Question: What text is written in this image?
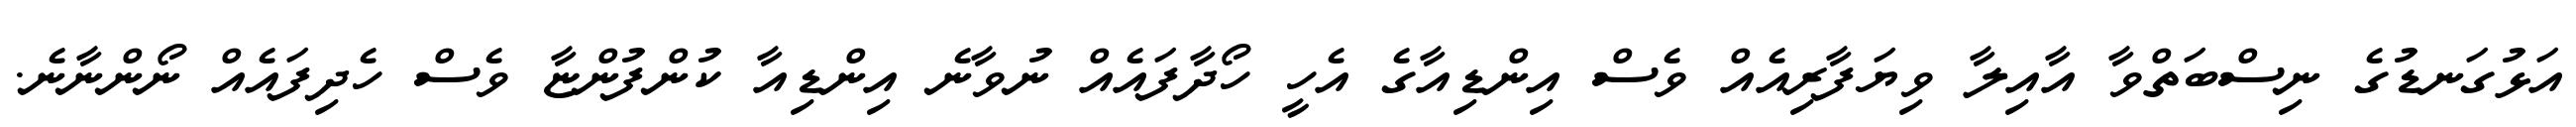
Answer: އަޅުގަނޑުގެ ނިސްބަތްވާ އާއިލާ ވިޔަފާރިއެއް ވެސް އިންޑިއާގެ އެހީ ހޯދާފައެއް ނުވާނެ އިންޑިއާ ކުންފުންޏާ ވެސް ހެދިފައެއް ނޯންނާނެ.